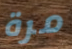
مرة